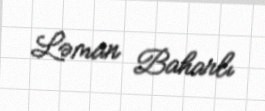
Ləman Baharlı